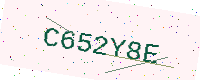
Text: C652Y8E